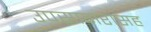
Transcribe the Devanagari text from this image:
उपसागरासह